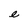
Character: e